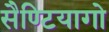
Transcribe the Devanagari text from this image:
सैण्टियागो